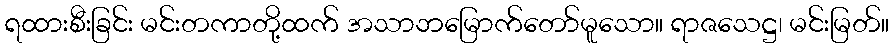
ရထားစီးခြင်း မင်းတကာတို့ထက် အသာဘမြောက်တော်မူသော။ ရာဇသေဋ္ဌ၊ မင်းမြတ်။